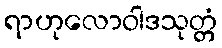
ရာဟုလောဝါဒသုတ္တံ